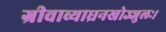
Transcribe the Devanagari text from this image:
ग्रीवाव्याघ्रनखोज्जुलः।